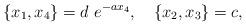
LaTeX: \begin{align*} \quad\{x_1,x_4\}=d~ e^{-a x_4},\quad\{x_2,x_3\}=c, \end{align*}